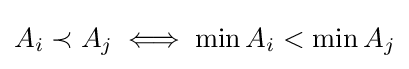
A_{i}\prec A_{j}\iff \min A_{i}<\min A_{j}